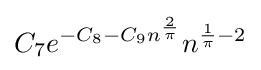
C_{7}e^{-C_{8}-C_{9}n^{\frac {2}{\pi }}}n^{{\frac {1}{\pi }}-2}